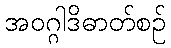
အဝဂ္ဂါဒိဓာတ်စဉ်